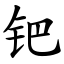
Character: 钯